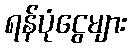
ရန်ပုံငွေများ